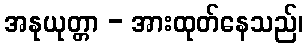
အနုယုတ္တာ - အားထုတ်နေသည်၊